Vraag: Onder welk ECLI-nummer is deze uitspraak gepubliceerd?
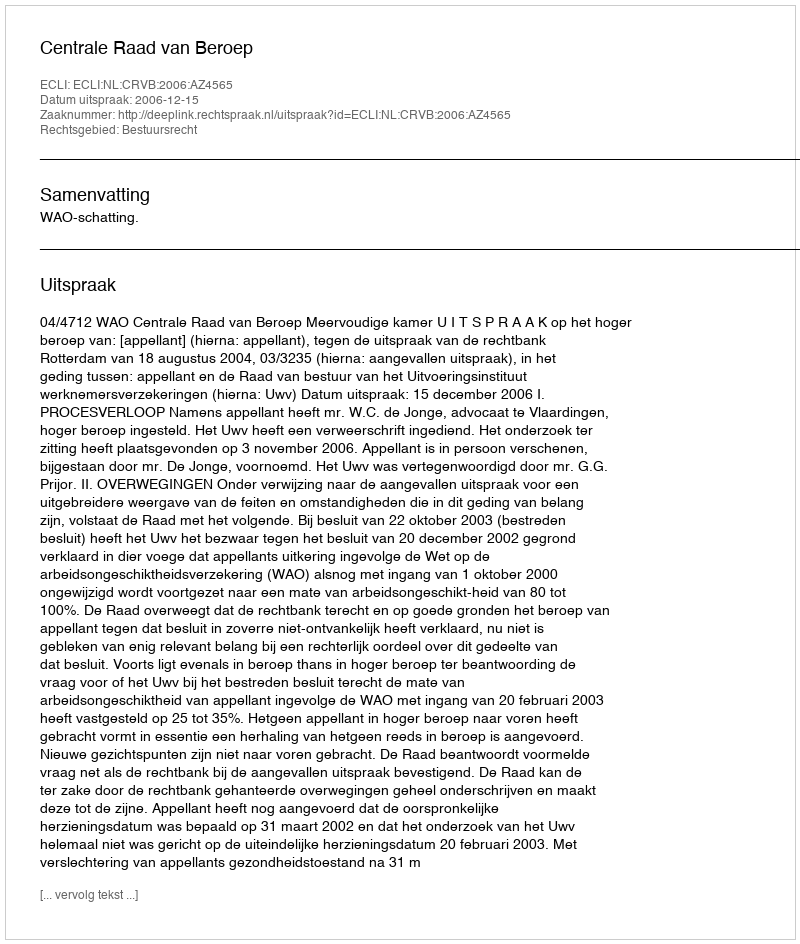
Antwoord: ECLI:NL:CRVB:2006:AZ4565